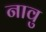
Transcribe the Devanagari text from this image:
नावु